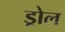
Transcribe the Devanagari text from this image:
ड्रोल